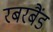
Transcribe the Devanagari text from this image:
रबरबैंड